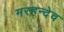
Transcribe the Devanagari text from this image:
मरहन्देव